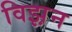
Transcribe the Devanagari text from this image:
विझ़न